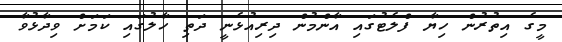
މީގެ އިތުރުން ހިޔާ ފްލެޓުގައި އާންމުން ދިރިއުޅެނީ ދަތި ހާލުގައި ކަމަށް ވިދާޅުވާ